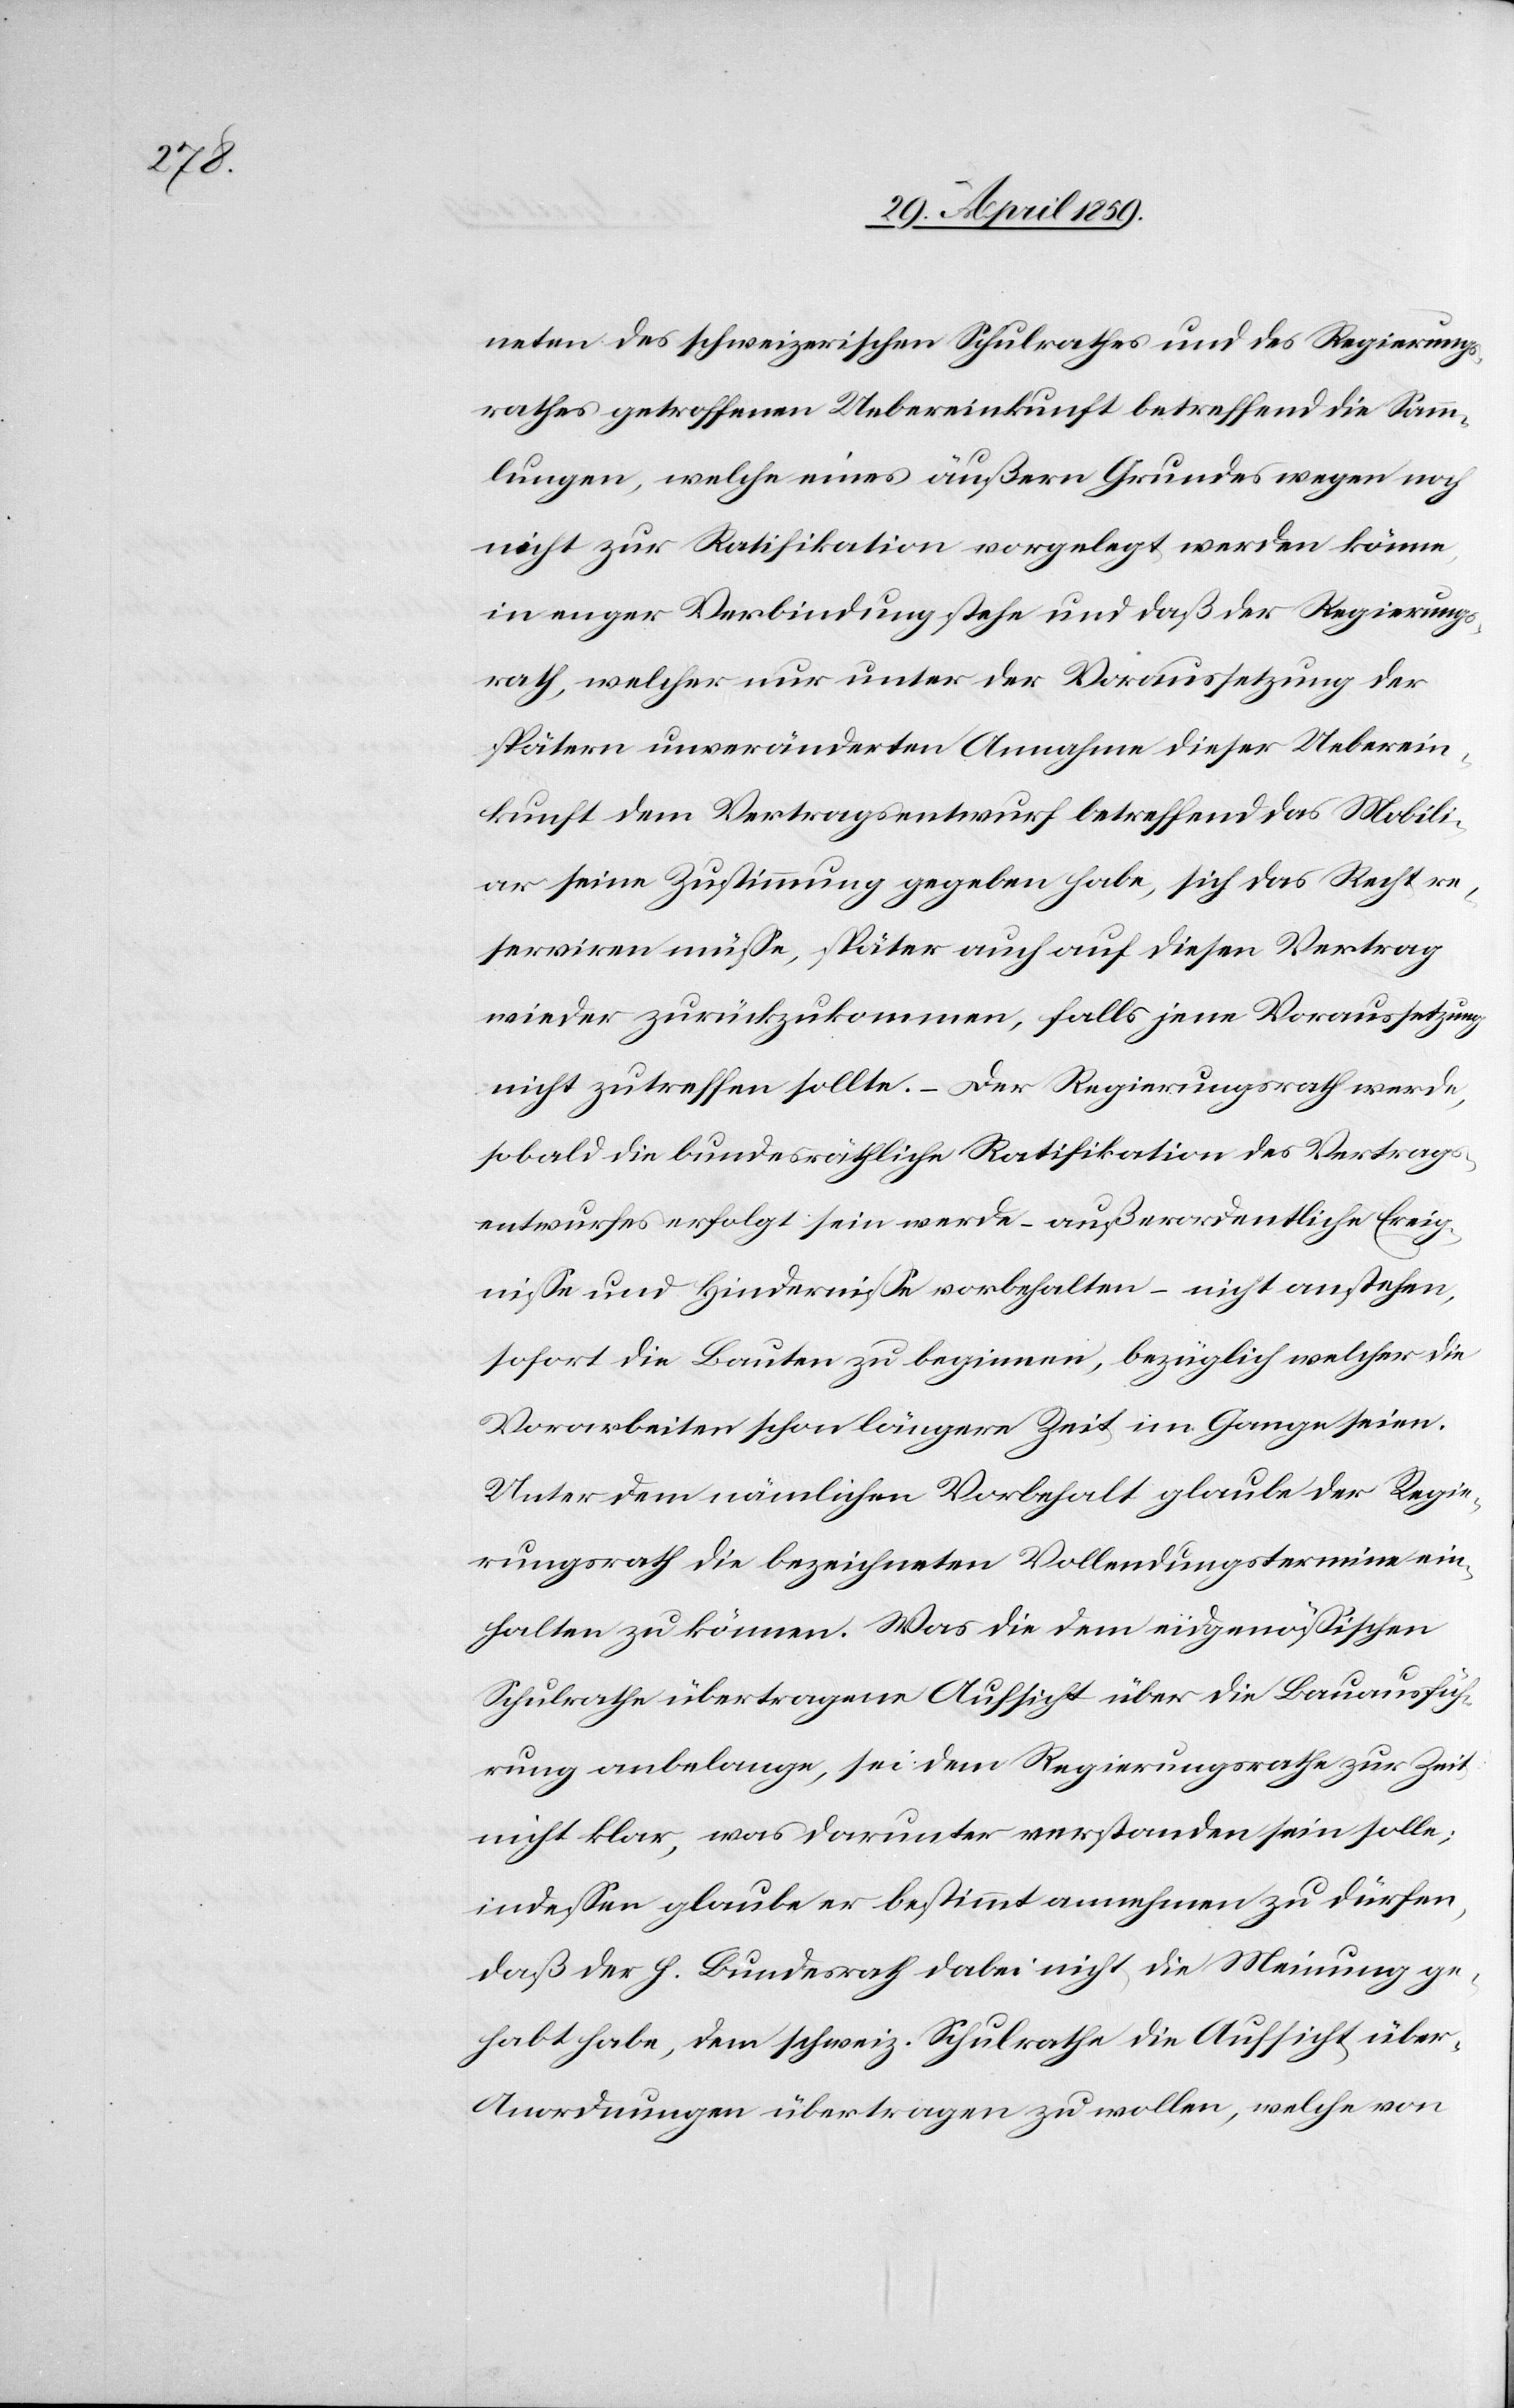
neten des schweizerischen Schulrathes und des Regierungs¬
rathes getroffenen Uebereinkunft betreffend die Samm¬
lungen, welche eines äußern Grundes wegen noch
nicht zur Ratifikation vorgelegt werden könne,
in enger Verbindung stehe und daß der Regierungs¬
rath, welcher nur unter der Voraussetzung der
spätern unveränderten Annahme dieser Ueberein¬
kunft dem Vertragsentwurf betreffend das Mobili¬
ar seine Zustimmung gegeben habe, sich das Recht re¬
serviren müße, später auch auf diesen Vertrag
wieder zurückzukommen, falls jene Voraussetzung
nicht zutreffen sollte. ‒ Der Regierungsrath werde,
sobald die bundesräthliche Ratifikation des Vertrag¬
sentwurfes erfolgt sein werde ( außerordentliche Ereig¬
niße und Hinderniße vorbehalten ( nicht anstehen,
sofort die Bauten zu beginnen, bezüglich welcher die
Vorarbeiten schon längere Zeit im Gange seien.
Unter dem nämlichen Vorbehalt glaube der Regie¬
rungsrath die bezeichneten Vollendungstermine ein¬
halten zu können. Was die dem eidgenößischen
Schulrathe übertragene Aufsicht über die Bauausfüh¬
rung anbelange, sei dem Regierungsrathe zur Zeit
nicht klar, was darunter verstanden sein solle;
indeßen glaube er bestimmt annehmen zu dürfen,
daß der h. Bundesrath dabei nicht die Meinung ge¬
habt habe, dem schweiz. Schulrathe die Aufsicht über
Anordnungen übertragen zu wollen, welche von